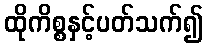
ထိုကိစ္စနှင့်ပတ်သက်၍